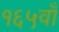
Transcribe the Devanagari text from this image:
१६५वाँ